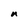
Character: n